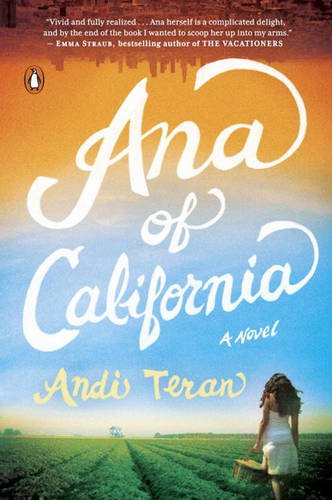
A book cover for Ana of California: A Novel; Andi Teran; Literature & Fiction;